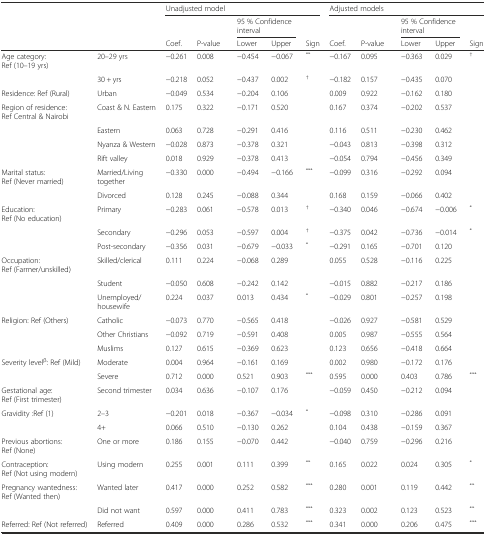
<table><thead><tr><td></td><td></td><td colspan="5"><b>Unadjusted model</b></td><td colspan="5"><b>Adjusted models</b></td></tr><tr><td></td><td></td><td></td><td></td><td colspan="2"><b>95 % Confidence interval</b></td><td></td><td></td><td></td><td colspan="2"><b>95 % Confidence interval</b></td><td></td></tr><tr><td></td><td></td><td><b>Coef.</b></td><td><b>P-value</b></td><td><b>Lower</b></td><td><b>Upper</b></td><td><b>Sign</b></td><td><b>Coef.</b></td><td><b>P-value</b></td><td><b>Lower</b></td><td><b>Upper</b></td><td><b>Sign</b></td></tr></thead><tbody><tr><td>Age category: Ref (10–19 yrs)</td><td>20–29 yrs</td><td>−0.261</td><td>0.008</td><td>−0.454</td><td>−0.067</td><td><sup>**</sup></td><td>−0.167</td><td>0.095</td><td>−0.363</td><td>0.029</td><td><sup>†</sup></td></tr><tr><td></td><td>30 + yrs</td><td>−0.218</td><td>0.052</td><td>−0.437</td><td>0.002</td><td><sup>†</sup></td><td>−0.182</td><td>0.157</td><td>−0.435</td><td>0.070</td><td></td></tr><tr><td>Residence: Ref (Rural)</td><td>Urban</td><td>−0.049</td><td>0.534</td><td>−0.204</td><td>0.106</td><td></td><td>0.009</td><td>0.922</td><td>−0.162</td><td>0.180</td><td></td></tr><tr><td>Region of residence: Ref Central &amp; Nairobi</td><td>Coast &amp; N. Eastern</td><td>0.175</td><td>0.322</td><td>−0.171</td><td>0.520</td><td></td><td>0.167</td><td>0.374</td><td>−0.202</td><td>0.537</td><td></td></tr><tr><td></td><td>Eastern</td><td>0.063</td><td>0.728</td><td>−0.291</td><td>0.416</td><td></td><td>0.116</td><td>0.511</td><td>−0.230</td><td>0.462</td><td></td></tr><tr><td></td><td>Nyanza &amp; Western</td><td>−0.028</td><td>0.873</td><td>−0.378</td><td>0.321</td><td></td><td>−0.043</td><td>0.813</td><td>−0.398</td><td>0.312</td><td></td></tr><tr><td></td><td>Rift valley</td><td>0.018</td><td>0.929</td><td>−0.378</td><td>0.413</td><td></td><td>−0.054</td><td>0.794</td><td>−0.456</td><td>0.349</td><td></td></tr><tr><td>Marital status: Ref (Never married)</td><td>Married/Living together</td><td>−0.330</td><td>0.000</td><td>−0.494</td><td>−0.166</td><td><sup>***</sup></td><td>−0.099</td><td>0.316</td><td>−0.292</td><td>0.094</td><td></td></tr><tr><td></td><td>Divorced</td><td>0.128</td><td>0.245</td><td>−0.088</td><td>0.344</td><td></td><td>0.168</td><td>0.159</td><td>−0.066</td><td>0.402</td><td></td></tr><tr><td>Education: Ref (No education)</td><td>Primary</td><td>−0.283</td><td>0.061</td><td>−0.578</td><td>0.013</td><td><sup>†</sup></td><td>−0.340</td><td>0.046</td><td>−0.674</td><td>−0.006</td><td><sup>*</sup></td></tr><tr><td></td><td>Secondary</td><td>−0.296</td><td>0.053</td><td>−0.597</td><td>0.004</td><td><sup>†</sup></td><td>−0.375</td><td>0.042</td><td>−0.736</td><td>−0.014</td><td><sup>*</sup></td></tr><tr><td></td><td>Post-secondary</td><td>−0.356</td><td>0.031</td><td>−0.679</td><td>−0.033</td><td><sup>*</sup></td><td>−0.291</td><td>0.165</td><td>−0.701</td><td>0.120</td><td></td></tr><tr><td>Occupation: Ref (Farmer/unskilled)</td><td>Skilled/clerical</td><td>0.111</td><td>0.224</td><td>−0.068</td><td>0.289</td><td></td><td>0.055</td><td>0.528</td><td>−0.116</td><td>0.225</td><td></td></tr><tr><td></td><td>Student</td><td>−0.050</td><td>0.608</td><td>−0.242</td><td>0.142</td><td></td><td>−0.015</td><td>0.882</td><td>−0.217</td><td>0.186</td><td></td></tr><tr><td></td><td>Unemployed/housewife</td><td>0.224</td><td>0.037</td><td>0.013</td><td>0.434</td><td><sup>*</sup></td><td>−0.029</td><td>0.801</td><td>−0.257</td><td>0.198</td><td></td></tr><tr><td>Religion: Ref (Others)</td><td>Catholic</td><td>−0.073</td><td>0.770</td><td>−0.565</td><td>0.418</td><td></td><td>−0.026</td><td>0.927</td><td>−0.581</td><td>0.529</td><td></td></tr><tr><td></td><td>Other Christians</td><td>−0.092</td><td>0.719</td><td>−0.591</td><td>0.408</td><td></td><td>0.005</td><td>0.987</td><td>−0.555</td><td>0.564</td><td></td></tr><tr><td></td><td>Muslims</td><td>0.127</td><td>0.615</td><td>−0.369</td><td>0.623</td><td></td><td>0.123</td><td>0.656</td><td>−0.418</td><td>0.664</td><td></td></tr><tr><td>Severity level<sup>β</sup>: Ref (Mild)</td><td>Moderate</td><td>0.004</td><td>0.964</td><td>−0.161</td><td>0.169</td><td></td><td>0.002</td><td>0.980</td><td>−0.172</td><td>0.176</td><td></td></tr><tr><td></td><td>Severe</td><td>0.712</td><td>0.000</td><td>0.521</td><td>0.903</td><td><sup>***</sup></td><td>0.595</td><td>0.000</td><td>0.403</td><td>0.786</td><td><sup>***</sup></td></tr><tr><td>Gestational age: Ref (First trimester)</td><td>Second trimester</td><td>0.034</td><td>0.636</td><td>−0.107</td><td>0.176</td><td></td><td>−0.059</td><td>0.450</td><td>−0.212</td><td>0.094</td><td></td></tr><tr><td>Gravidity :Ref (1)</td><td>2–3</td><td>−0.201</td><td>0.018</td><td>−0.367</td><td>−0.034</td><td><sup>*</sup></td><td>−0.098</td><td>0.310</td><td>−0.286</td><td>0.091</td><td></td></tr><tr><td></td><td>4+</td><td>0.066</td><td>0.510</td><td>−0.130</td><td>0.262</td><td></td><td>0.104</td><td>0.438</td><td>−0.159</td><td>0.367</td><td></td></tr><tr><td>Previous abortions: Ref (None)</td><td>One or more</td><td>0.186</td><td>0.155</td><td>−0.070</td><td>0.442</td><td></td><td>−0.040</td><td>0.759</td><td>−0.296</td><td>0.216</td><td></td></tr><tr><td>Contraception: Ref (Not using modern)</td><td>Using modern</td><td>0.255</td><td>0.001</td><td>0.111</td><td>0.399</td><td><sup>**</sup></td><td>0.165</td><td>0.022</td><td>0.024</td><td>0.305</td><td><sup>*</sup></td></tr><tr><td>Pregnancy wantedness: Ref (Wanted then)</td><td>Wanted later</td><td>0.417</td><td>0.000</td><td>0.252</td><td>0.582</td><td><sup>***</sup></td><td>0.280</td><td>0.001</td><td>0.119</td><td>0.442</td><td><sup>**</sup></td></tr><tr><td></td><td>Did not want</td><td>0.597</td><td>0.000</td><td>0.411</td><td>0.783</td><td><sup>***</sup></td><td>0.323</td><td>0.002</td><td>0.123</td><td>0.523</td><td><sup>**</sup></td></tr><tr><td>Referred: Ref (Not referred)</td><td>Referred</td><td>0.409</td><td>0.000</td><td>0.286</td><td>0.532</td><td><sup>***</sup></td><td>0.341</td><td>0.000</td><td>0.206</td><td>0.475</td><td><sup>***</sup></td></tr></tbody></table>